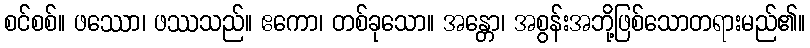
စင်စစ်။ ဖဿော၊ ဖဿသည်။ ဧကော၊ တစ်ခုသော။ အန္တော၊ အစွန်းအဘို့ဖြစ်သောတရားမည်၏။